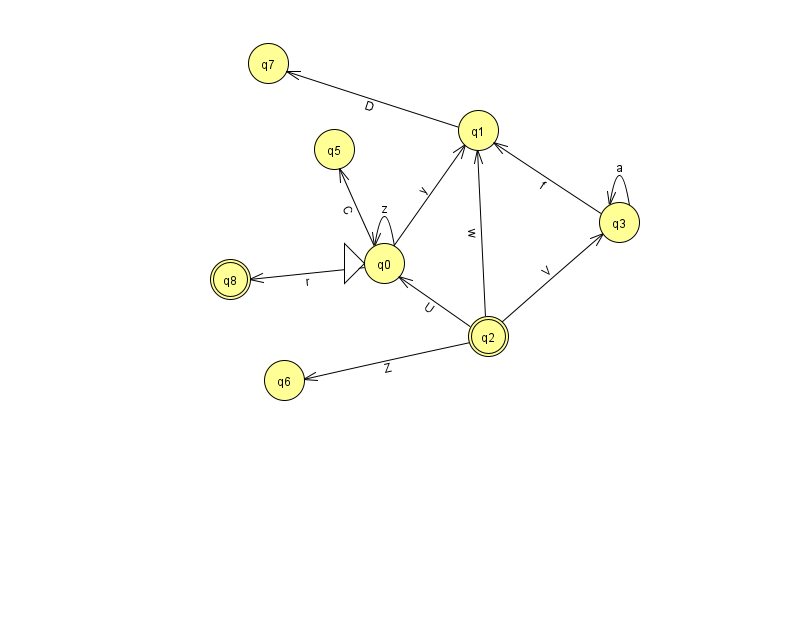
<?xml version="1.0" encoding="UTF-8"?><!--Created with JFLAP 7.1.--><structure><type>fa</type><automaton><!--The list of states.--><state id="0" name="q0"><x>384.0</x><y>250.0</y><initial/></state><state id="1" name="q1"><x>478.0</x><y>117.0</y></state><state id="2" name="q2"><x>488.0</x><y>323.0</y><final/></state><state id="3" name="q3"><x>619.0</x><y>209.0</y></state><state id="5" name="q5"><x>334.0</x><y>136.0</y></state><state id="6" name="q6"><x>284.0</x><y>367.0</y></state><state id="7" name="q7"><x>268.0</x><y>50.0</y></state><state id="8" name="q8"><x>230.0</x><y>266.0</y><final/></state><!--The list of transitions.--><transition><from>0</from><to>5</to><read>C</read></transition><transition><from>3</from><to>3</to><read>a</read></transition><transition><from>2</from><to>0</to><read>U</read></transition><transition><from>2</from><to>1</to><read>w</read></transition><transition><from>2</from><to>6</to><read>Z</read></transition><transition><from>0</from><to>0</to><read>z</read></transition><transition><from>2</from><to>3</to><read>V</read></transition><transition><from>3</from><to>1</to><read>f</read></transition><transition><from>0</from><to>8</to><read>r</read></transition><transition><from>0</from><to>1</to><read>y</read></transition><transition><from>1</from><to>7</to><read>D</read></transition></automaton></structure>